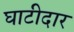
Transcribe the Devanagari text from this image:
घाटीदार